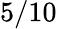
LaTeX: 5/10